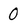
Character: O